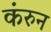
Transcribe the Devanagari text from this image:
कंरुन